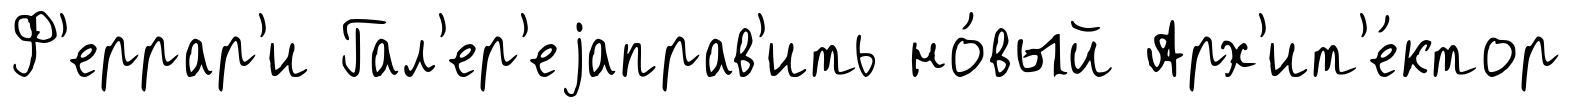
Ф'еррар'и Гал'ер'еjаправ'ить но́вый Арх'ит'е́ктор